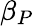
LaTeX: \beta_{P}